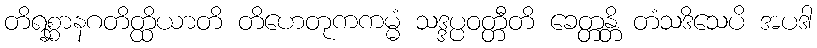
တိရစ္ဆာနဂတိတ္ထိယာတိ တိဟေတုကကမ္မံ သဒ္ဒပ္ပဝတ္တီတိ ခေတ္တန္တိ တံသဒိသေပိ အပဒါ